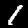
Digit: 1